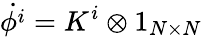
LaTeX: \dot{\phi^{i}}=K^{i}\otimes 1_{N\times N}